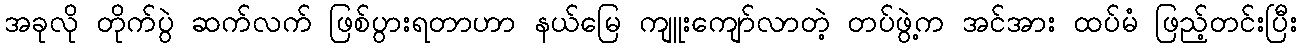
အခုလို တိုက်ပွဲ ဆက်လက် ဖြစ်ပွားရတာဟာ နယ်မြေ ကျူးကျော်လာတဲ့ တပ်ဖွဲ့က အင်အား ထပ်မံ ဖြည့်တင်းပြီး